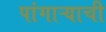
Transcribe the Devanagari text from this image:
पांगाऱ्याची